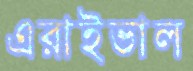
এরাইভাল